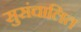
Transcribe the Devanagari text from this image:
सुसंचालित